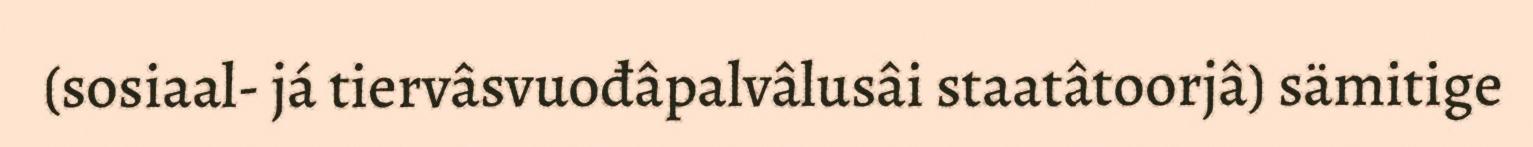
(sosiaal- já tiervâsvuođâpalvâlusâi staatâtoorjâ) sämitige